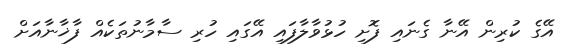
އޭގެ ކުރިން އޭނާ ގެނައި ފޮށި ހުޅުވާލާފައި އޭގައި ހުރި ސާމާނުތަކެއް ފާޚާނާއަށް